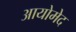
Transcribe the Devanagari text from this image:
आयोमेद